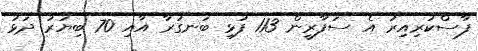
ފާސްކުރިއިރު އެ ސަފާރީން 113 ފުޅި ބަނގުރާ އާއި 70 ބިޔަރު ދަޅު